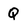
Character: Q